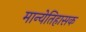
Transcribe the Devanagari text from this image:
मान्येतिहासक